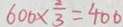
6 0 0 \times \frac { 2 } { 3 } = 4 0 0